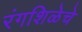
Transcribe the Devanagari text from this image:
रंगशिळेचे